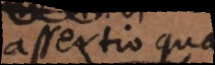
assertio quae